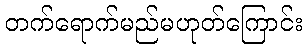
တက်ရောက်မည်မဟုတ်ကြောင်း